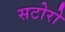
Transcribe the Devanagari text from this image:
सटोरो